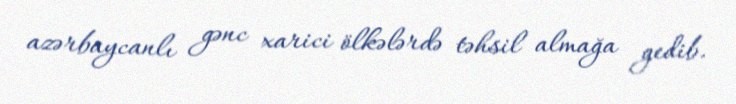
azərbaycanlı gənc xarici ölkələrdə təhsil almağa gedib.